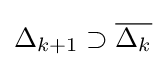
\Delta _{k+1}\supset {\overline {\Delta _{k}}}